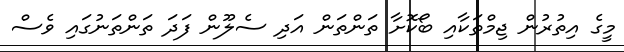
މީގެ އިތުރުން ޖިމްތަކާއި ބޯކޮށާ ތަންތަން އަދި ސެލޫން ފަދަ ތަންތަނުގައި ވެސް